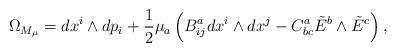
LaTeX: \begin{align*}\Omega_{M_\mu} = {d}x^i \wedge {d}p_i + \frac{1}{2}\mu_a \left( B^a_{ij} {d}x^i \wedge {d}x^j - C^a_{bc} {\tilde E}^b \wedge {\tilde E}^c \right),\end{align*}